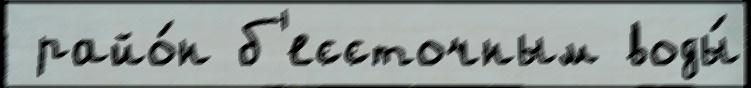
 райо́н б'ессточным воды́